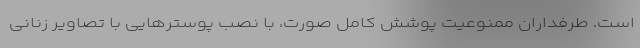
است. طرفداران ممنوعیت پوشش کامل صورت، با نصب پوسترهایی با تصاویر زنانی